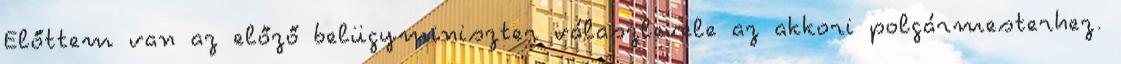
Előttem van az előző belügyminiszter válaszlevele az akkori polgármesterhez.